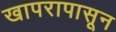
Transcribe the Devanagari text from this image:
खापरापासून